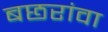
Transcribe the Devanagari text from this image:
बछरांवा